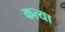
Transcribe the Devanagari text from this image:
कत्या